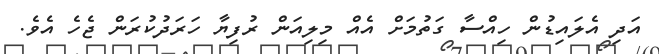
އަދި އެލައިޑުން ހިއްސާ ގަތުމަށް އެއް މިލިއަން ރުފިޔާ ހަރަދުކުރަން ޖެހެ އެވެ.